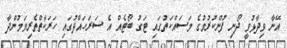
އޭނާ ވިދާޅުވީ ދޯނި ފުންކުރުމުގެ މަސައްކަތުގައި ޓަގު ބޯޓެއް އެ ސަރަހައްދުގައި ހަރަކާތްތެރިވަމުންދާ